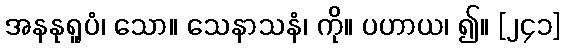
အနနုရူပံ၊ သော။ သေနာသနံ၊ ကို။ ပဟာယ၊ ၍။ [၂၄၁]